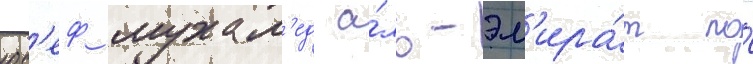
юс'еф мухам'ед а́ль-эм'ира́т по́